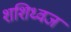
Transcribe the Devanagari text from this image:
शशिध्वज